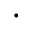
\cdot